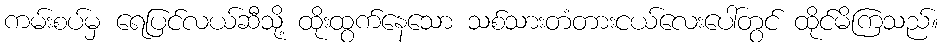
ကမ်းစပ်မှ ရေပြင်လယ်ဆီသို့ ထိုးထွက်နေသော သစ်သားတံတားငယ်လေးပေါ်တွင် ထိုင်မိကြသည်။